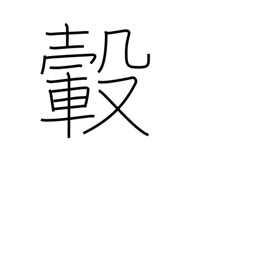
Meaning: hub (of wheel)